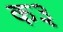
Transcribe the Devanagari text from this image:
क३